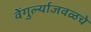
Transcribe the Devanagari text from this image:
वेंगुर्ल्याजवळचे